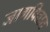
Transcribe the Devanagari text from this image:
जागवितात